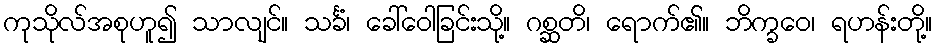
ကုသိုလ်အစုဟူ၍ သာလျင်။ သင်္ခံ၊ ခေါ်ဝေါခြင်းသို့။ ဂစ္ဆတိ၊ ရောက်၏။ ဘိက္ခဝေ၊ ရဟန်းတို့။